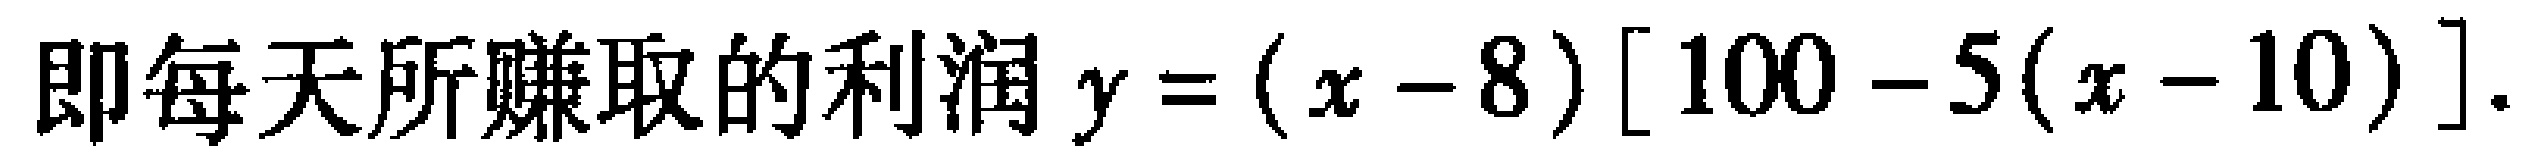
即每天所赚取的利润\(y=(x - 8)[100 - 5(x - 10)]\).